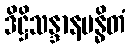
ဒိဋ္ဌိသန္ဒာနဗန္ဓိတံ